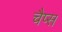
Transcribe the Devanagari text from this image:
चैप्स